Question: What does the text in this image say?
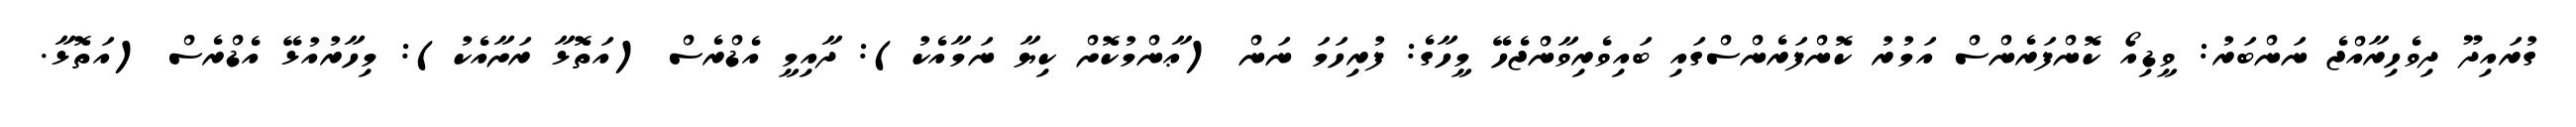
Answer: ގުރައިދޫ ދިވެހިރާއްޖެ ނަންބަރު: ވީޑިއޯ ކޮންފަރެންސް އަމުރު ކޮންފަރެންސްގައި ބައިވެރިވާންޖެހޭ މީހާގެ: ފުރިހަމަ ނަން (ޢާންމުކޮށް ކިޔާ ނަމާއެކު): ދާއިމީ އެޑްރެސް (އަތޮޅާ ރަށާއެކު): މިހާރުއުޅޭ އެޑްރެސް (އަތޮޅާ.